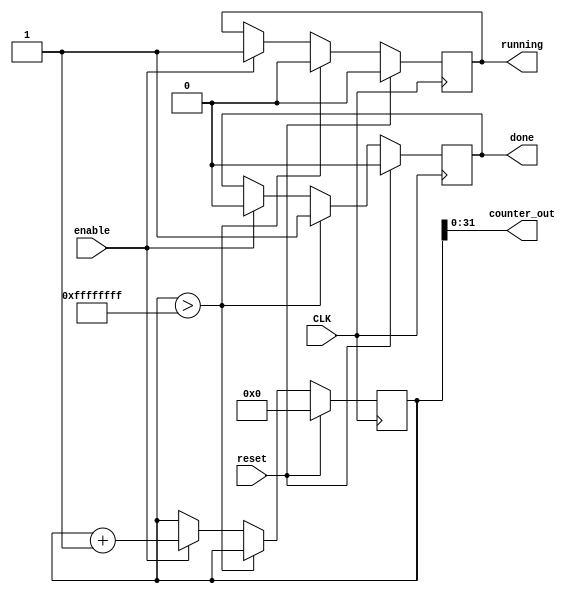
module counter # (
    parameter integer STEP = 1
)(
   input CLK,
   input reset,
   input enable,
   output [31:0] counter_out,
   output reg running,
   output reg done
);

reg [32:0] count;
assign counter_out = count[31:0];

always @(posedge CLK) 
begin
  if (reset) 
  begin
    count   <= 0;
    running <= 0;
    done    <= 0;
  end 
  else if (count > 32'h0ffffffff)
  begin
    running <= 0;
    done    <= 1;
  end
  else if (enable) 
  begin
    count   <= count + STEP;
    running <= 1;
    done    <= 0;
  end
end
endmodule